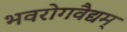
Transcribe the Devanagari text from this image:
भवरोगवैद्यम्